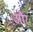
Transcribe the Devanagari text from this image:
और